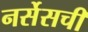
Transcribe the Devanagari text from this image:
नर्सेसची